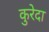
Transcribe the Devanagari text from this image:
कुरेदा